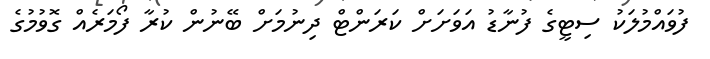
ފުވައްމުލަކު ސިޓީގެ ފުނާޑު އަވަށަށް ކަރަންޓް ދިނުމަށް ބޭނުން ކުރާ ފޯމަރެއް ގޮވުމުގެ